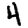
Digit: 4